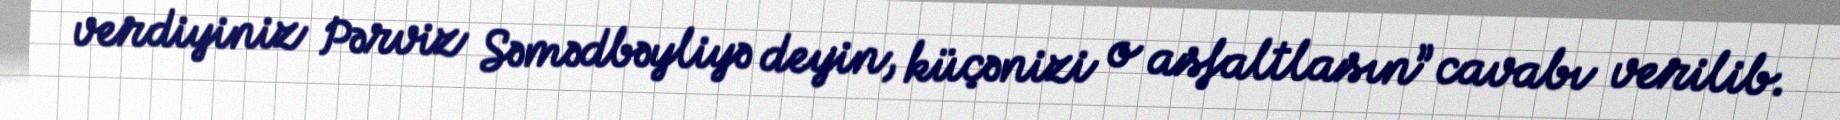
verdiyiniz Pərviz Səmədbəyliyə deyin, küçənizi o asfaltlasın” cavabı verilib.